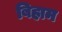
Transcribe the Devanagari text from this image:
बिहाम